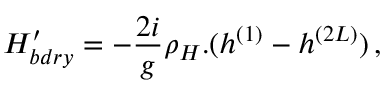
{ \cal H } _ { b d r y } ^ { \prime } = - \frac { 2 i } { g } \rho _ { H } . ( h ^ { ( 1 ) } - h ^ { ( 2 L ) } ) \, ,